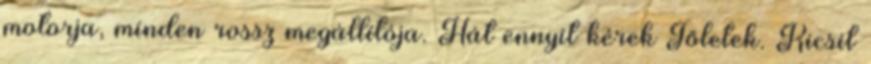
motorja, minden rossz megállítója. Hát ennyit kérek Tőletek. Kicsit